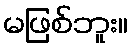
မဖြစ်ဘူး။